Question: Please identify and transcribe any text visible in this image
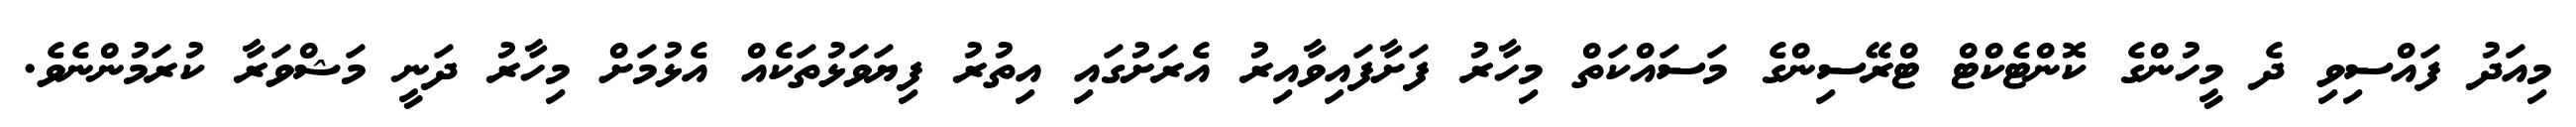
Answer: މިއަދު ފައްސިވި ދެ މީހުންގެ ކޮންޓެކްޓް ޓްރޭސިންގެ މަސައްކަތް މިހާރު ފަށާފައިވާއިރު އެރަށުގައި އިތުރު ފިޔަވަޅުތަކެއް އެޅުމަށް މިހާރު ދަނީ މަޝްވަރާ ކުރަމުންނެވެ.